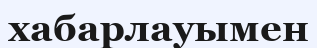
хабарлауымен